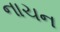
નાચન